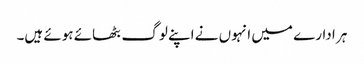
ہر ادارے میں انہوں نے اپنے لوگ بٹھائے ہوئے ہیں۔